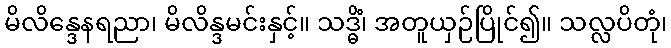
မိလိန္ဒေနရညာ၊ မိလိန္ဒမင်းနှင့်။ သဒ္ဓိံ၊ အတူယှဉ်ပြိုင်၍။ သလ္လပိတုံ၊